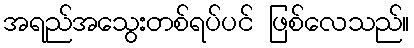
အရည်အသွေးတစ်ရပ်ပင် ဖြစ်လေသည်။